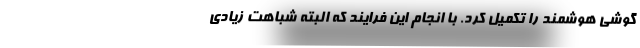
گوشی هوشمند را تکمیل کرد. با انجام این فرایند که البته شباهت زیادی